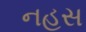
નહસ